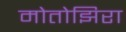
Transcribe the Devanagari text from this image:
मोतोझिरा